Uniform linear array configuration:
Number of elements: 24
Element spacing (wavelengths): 0.5
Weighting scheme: binomial
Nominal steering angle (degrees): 45
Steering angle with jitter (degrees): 45.623
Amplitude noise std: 0.05
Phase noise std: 0.05

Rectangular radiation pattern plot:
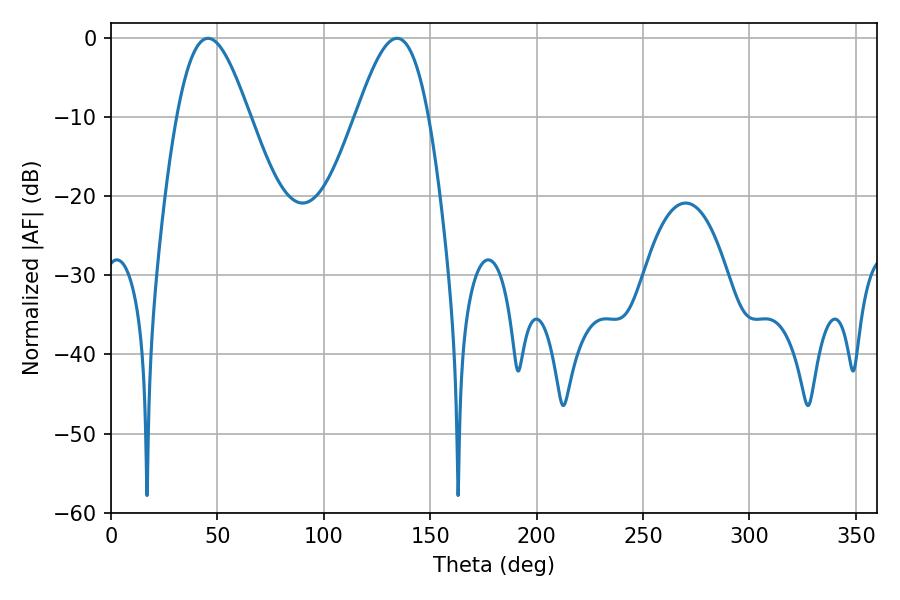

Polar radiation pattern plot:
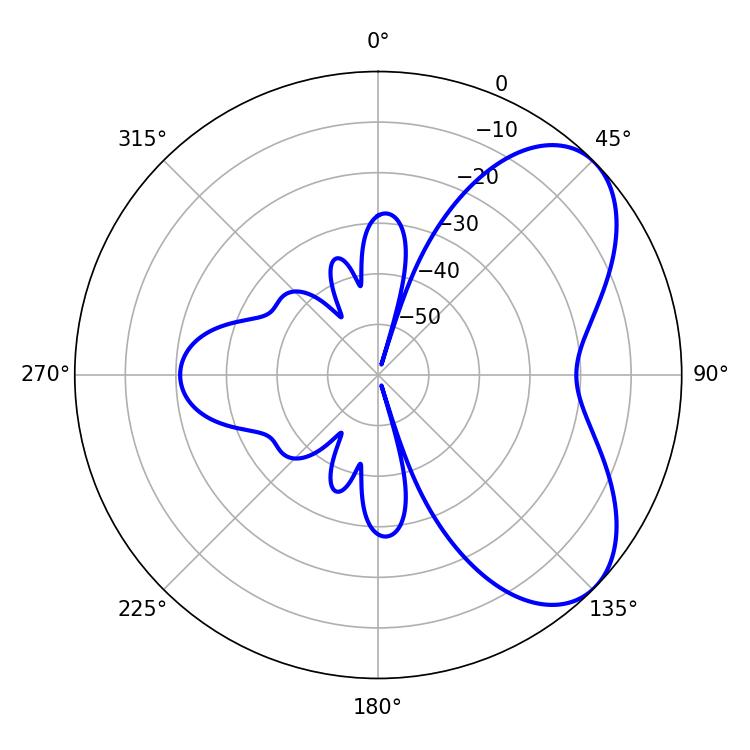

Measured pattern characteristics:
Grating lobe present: FALSE
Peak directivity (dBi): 5.923
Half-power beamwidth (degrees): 18.18
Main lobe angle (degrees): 45.54